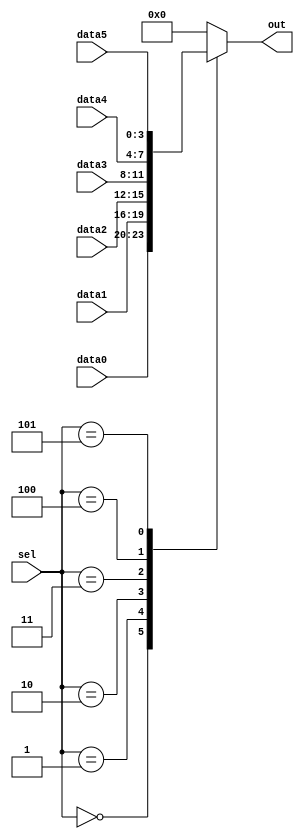
// Statement
// Case statements are more convenient than if statements if there are a large number of cases. So, in this exercise,
// create a 6-to-1 multiplexer. When sel is between 0 and 5, choose the corresponding data input.
// Otherwise, output 0. The data inputs and outputs are all 4 bits wide.


// Solution
// we have use the default statement in the case statements.or else it will creat an bug

// synthesis verilog_input_version verilog_2001
module top_module ( 
    input [2:0] sel, 
    input [3:0] data0,
    input [3:0] data1,
    input [3:0] data2,
    input [3:0] data3,
    input [3:0] data4,
    input [3:0] data5,
    output reg [3:0] out   );//

    always@(*) begin  // This is a combinational circuit
        case(sel) 
            4'b0000 :out = data0; 
            4'b0001 :out = data1;
            4'b0010 :out = data2;
            4'b0011 :out = data3;
            4'b0100 :out = data4;
            4'b0101 :out = data5;
            default :out = 4'b0000;
        endcase
    end

endmodule